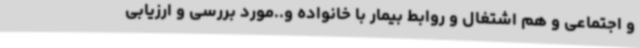
و اجتماعی و هم اشتغال و روابط بیمار با خانواده و..مورد بررسی و ارزیابی